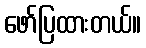
ဖော်ပြထားတယ်။